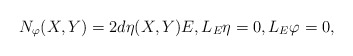
\begin{align*}N_{\varphi}(X,Y)=2d\eta(X,Y)E, L_E\eta=0,L_E\varphi=0,\end{align*}